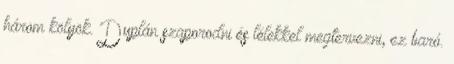
három kölyök. Duplán szaporodni és lélekkel megtervezni, ez baró.